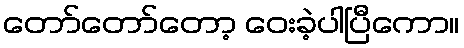
တော်တော်တော့ ဝေးခဲ့ပါပြီကော။